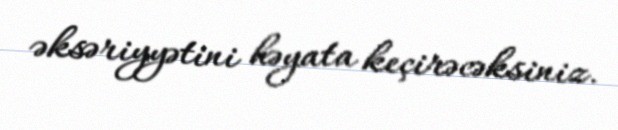
əksəriyyətini həyata keçirəcəksiniz.